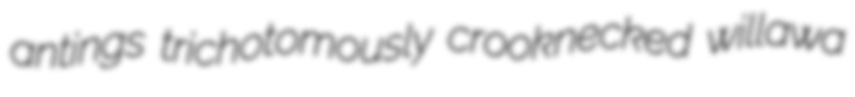
antings trichotomously crooknecked willawa